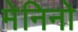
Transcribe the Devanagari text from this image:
मेनिनो